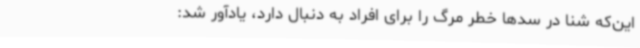
این‌که شنا در سدها خطر مرگ را برای افراد به دنبال دارد، یادآور شد: